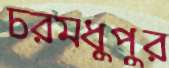
চরমধুপুর